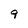
Character: 9